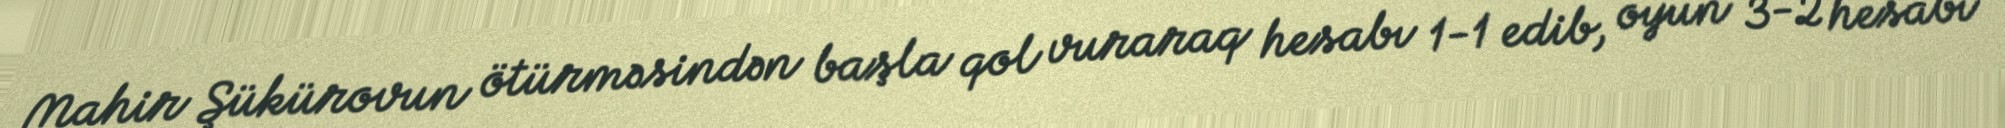
Mahir Şükürovun ötürməsindən başla qol vuraraq hesabı 1-1 edib, oyun 3-2 hesabı